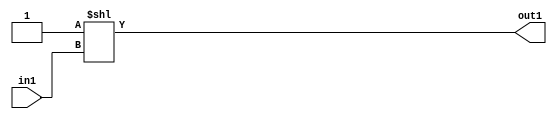
`timescale 1ps / 1ps
/*****************************************************************************
    Verilog RTL Description
    
    
    Created by: Stratus DpOpt 2019.1.01 
*******************************************************************************/

module SobelFilter_DECODE_32U_35_4 (
	in1,
	out1
	); /* architecture "behavioural" */ 
input [4:0] in1;
output [31:0] out1;
wire [31:0] asc001;

assign asc001 = 32'B00000000000000000000000000000001 << in1;

assign out1 = asc001;
endmodule

/* CADENCE  ubH5Sgo= : u9/ySgnWtBlWxVPRXgAZ4Og= ** DO NOT EDIT THIS LINE ******/